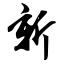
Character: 新